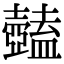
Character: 𥃕